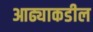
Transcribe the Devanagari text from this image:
आढ्याकडील